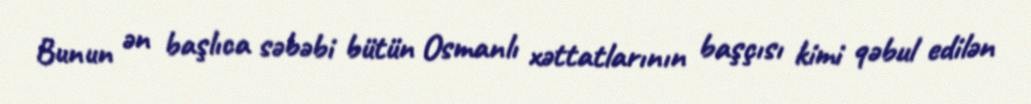
Bunun ən başlıca səbəbi bütün Osmanlı xəttatlarının başçısı kimi qəbul edilən